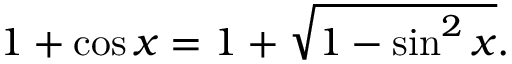
1 + \cos x = 1 + { \sqrt { 1 - \sin ^ { 2 } x } } .